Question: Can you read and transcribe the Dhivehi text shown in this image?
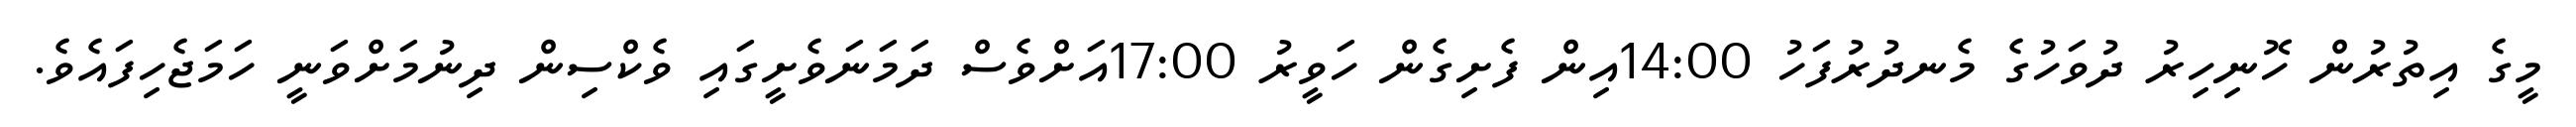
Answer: މީގެ އިތުރުން ހޮނިހިރު ދުވަހުގެ މެނދުރުފަހު 14:00އިން ފެށިގެން ހަވީރު 17:00އަށްވެސް ދަމަނަވެށީގައި ވެކްސިން ދިނުމަށްވަނީ ހަމަޖެހިފައެވެ.